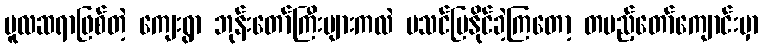
မူလဆရာဖြစ်တဲ့ ကျေးရွာ ဘုန်းတော်ကြီးများကလဲ မသင်ပြနိုင်ခဲ့ကြတော့ တပည့်တော်ကျောင်းမှာ